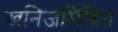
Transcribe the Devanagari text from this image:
खनिजमिश्रित